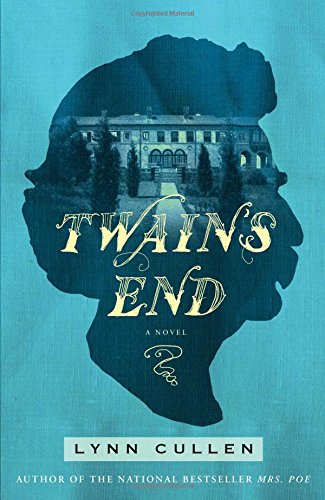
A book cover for Twain's End; Lynn Cullen; Romance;